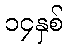
၁၄နှစ်